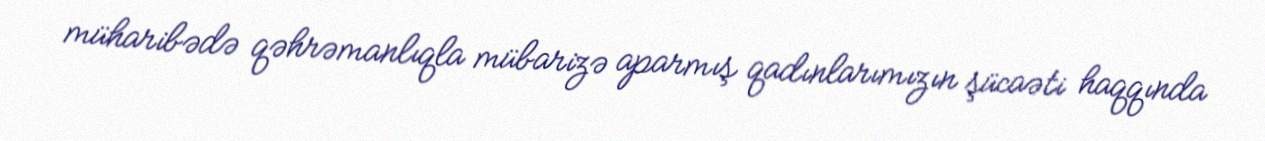
müharibədə qəhrəmanlıqla mübarizə aparmış qadınlarımızın şücaəti haqqında